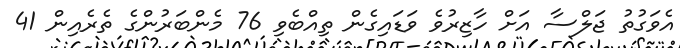
އެވަގުތު ޖަލްސާ އަށް ހާޒިރުވެ ވަޑައިގެން ތިއްބެވި 76 މެންބަރުންގެ ތެރެއިން 41